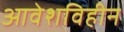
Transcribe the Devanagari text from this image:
आवेशविहीन